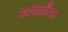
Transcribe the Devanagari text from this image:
कंपानैला